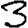
Digit: 3